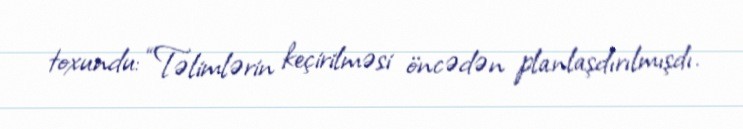
toxundu: “Təlimlərin keçirilməsi öncədən planlaşdırılmışdı.